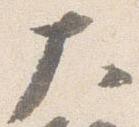
大